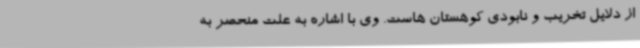
از دلایل تخریب و نابودی کوهستان هاست. وی با اشاره به علت منحصر به